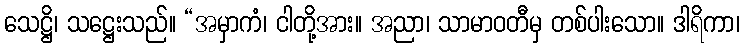
သေဋ္ဌိ၊ သဋ္ဌေးသည်။ “အမှာကံ၊ ငါတို့အား။ အညာ၊ သာမာဝတီမှ တစ်ပါးသော။ ဒါရိကာ၊